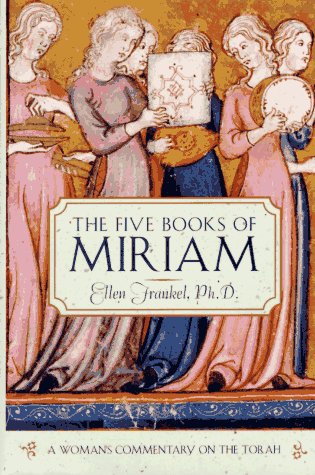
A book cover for The Five Books of Miriam; Ellen Frankel; Religion & Spirituality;